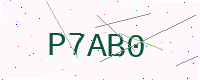
Text: P7AB0